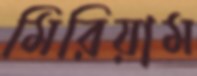
মিরিয়াম